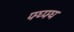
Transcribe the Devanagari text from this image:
फ्घ्फ्घ